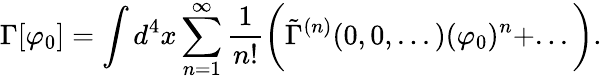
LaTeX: \Gamma[\varphi_{0}]=\int d^{4}x\sum_{n=1}^{\infty}\frac{1}{n!}\biggr(\tilde{\Gamma}^{(n)}(0,0,...)(\varphi_{0})^{n}+...\biggr).